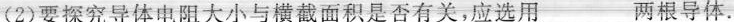
(2)要探究导体电阻大小与横截面积是否有关，应选用_____两根导体。